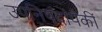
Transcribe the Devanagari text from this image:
उपनिषदांपैकीं